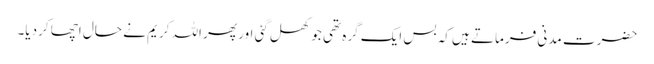
حضرت مدنی فرماتے ہیں کہ بس ایک گرہ تھی جو کھل گئی اور پھر اللہ کریم نے حال اچھا کردیا۔